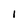
Character: I